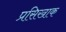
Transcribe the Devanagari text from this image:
प्रसिखाक